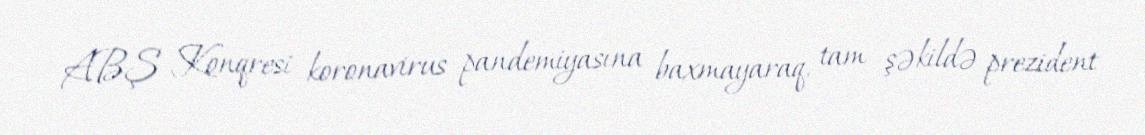
ABŞ Konqresi koronavirus pandemiyasına baxmayaraq, tam şəkildə prezident